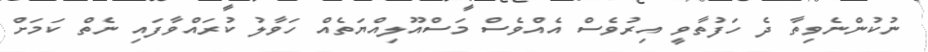
ނުކުންނެވިތާ ދެ ހަފުތާވީ އިރުވެސް އެއްވެސް މަސްއޫލިއްޔަތެއް ހަވާލު ކުރައްވާފައި ނެތް ކަމަށް